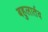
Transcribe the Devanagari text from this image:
बहुलार्तव